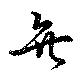
無